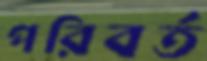
পরিবর্ত